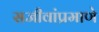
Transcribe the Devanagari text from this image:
सजीवांप्रमाणे